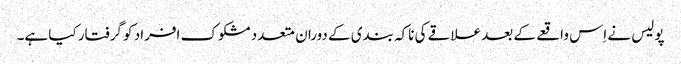
پولیس نے اِس واقعے کے بعد علاقے کی ناکہ بندی کے دوران متعدد مشکوک افراد کو گرفتار کیا ہے۔